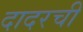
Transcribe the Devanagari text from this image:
दादरची